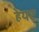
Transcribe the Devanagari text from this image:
हेयट